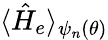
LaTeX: \langle\hat{H}_{e}\rangle_{\psi_{n}(\theta)}